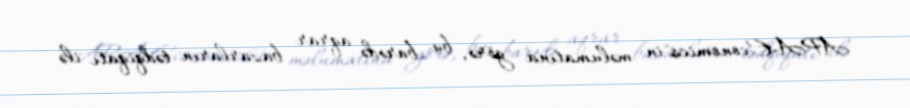
APA-Economics"in məlumatına görə, bu barədə aqrar bazarların tədqiqatı ilə